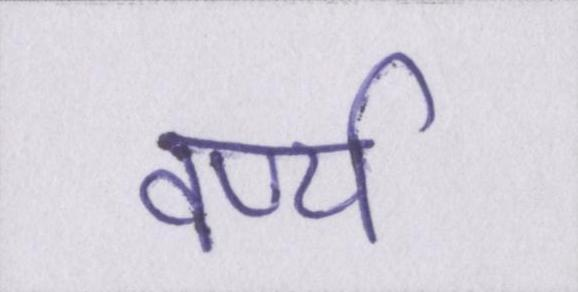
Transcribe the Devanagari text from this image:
वर्ण्य